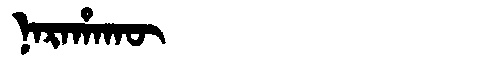
Manchu: ᠨᠠᡵᠠᡥᠠᡴᡡ
Romanization: NARAHAKŪ